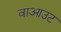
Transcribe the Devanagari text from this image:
वाआउट